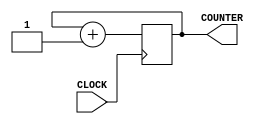
`timescale 1ns / 1ps
//////////////////////////////////////////////////////////////////////////////////
// Company: 
// Engineer: 
// 
// Design Name: 
// Module Name: slow_clock
// Project Name: 
// Target Devices: 
// Tool Versions: 
// Description: 
// 
// Dependencies: 
// 
// Revision:
// Revision 0.01 - File Created
// Additional Comments:
// 
//////////////////////////////////////////////////////////////////////////////////


module slow_clock(
    input CLOCK,
    output reg [35:0] COUNTER = 0
    );
    
    always @ (posedge CLOCK) begin
        COUNTER = COUNTER + 1;
    end
endmodule